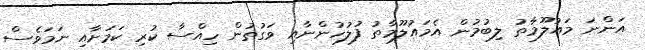
އަންނަ މައުލޫމާތު ލިބުމުން އެމައުލޫމާތު ފުލުހުންނާއި ވަގުތުން ހިއްސާ ކުރި ކަމަށާއި ނަމަވެސް